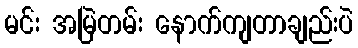
မင်း အမြဲတမ်း နောက်ကျတာချည်းပဲ